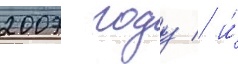
2007 году / и́